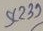
Text: 239